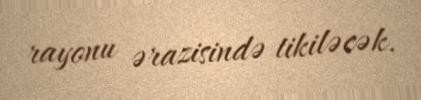
rayonu ərazisində tikiləcək.